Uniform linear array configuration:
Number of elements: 24
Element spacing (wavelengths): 0.75
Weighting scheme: uniform
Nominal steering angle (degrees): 45
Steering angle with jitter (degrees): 46.973
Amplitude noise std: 0.05
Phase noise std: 0.05

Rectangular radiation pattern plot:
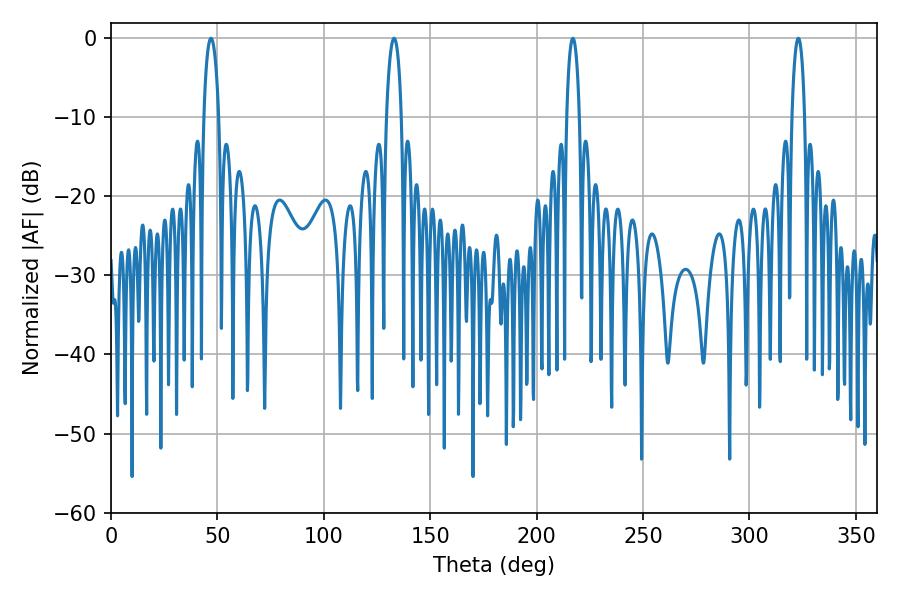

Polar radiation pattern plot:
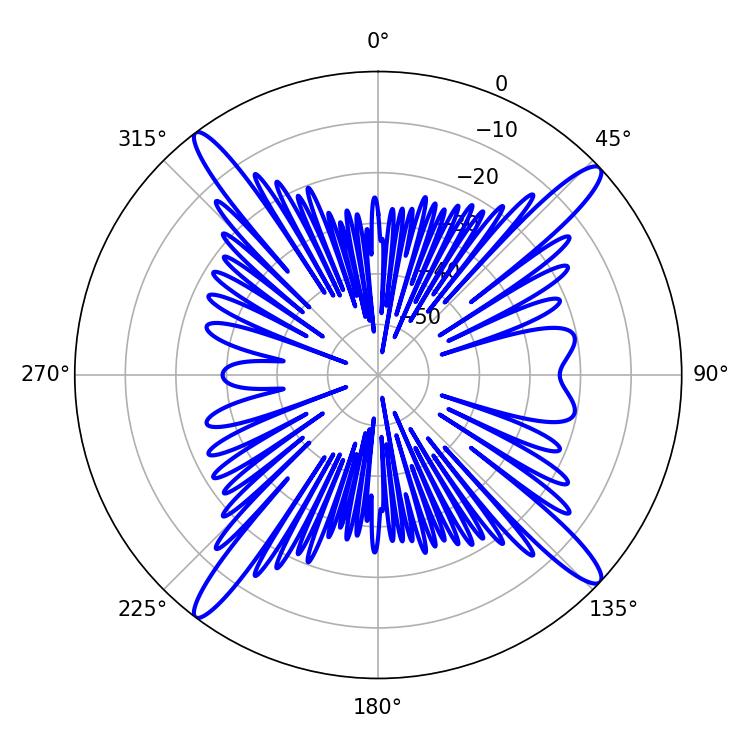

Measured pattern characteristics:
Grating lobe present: TRUE
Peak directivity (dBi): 17.301
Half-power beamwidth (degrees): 3.96
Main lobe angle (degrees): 46.98